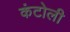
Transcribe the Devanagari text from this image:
कंटोली